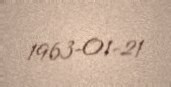
1963-01-21